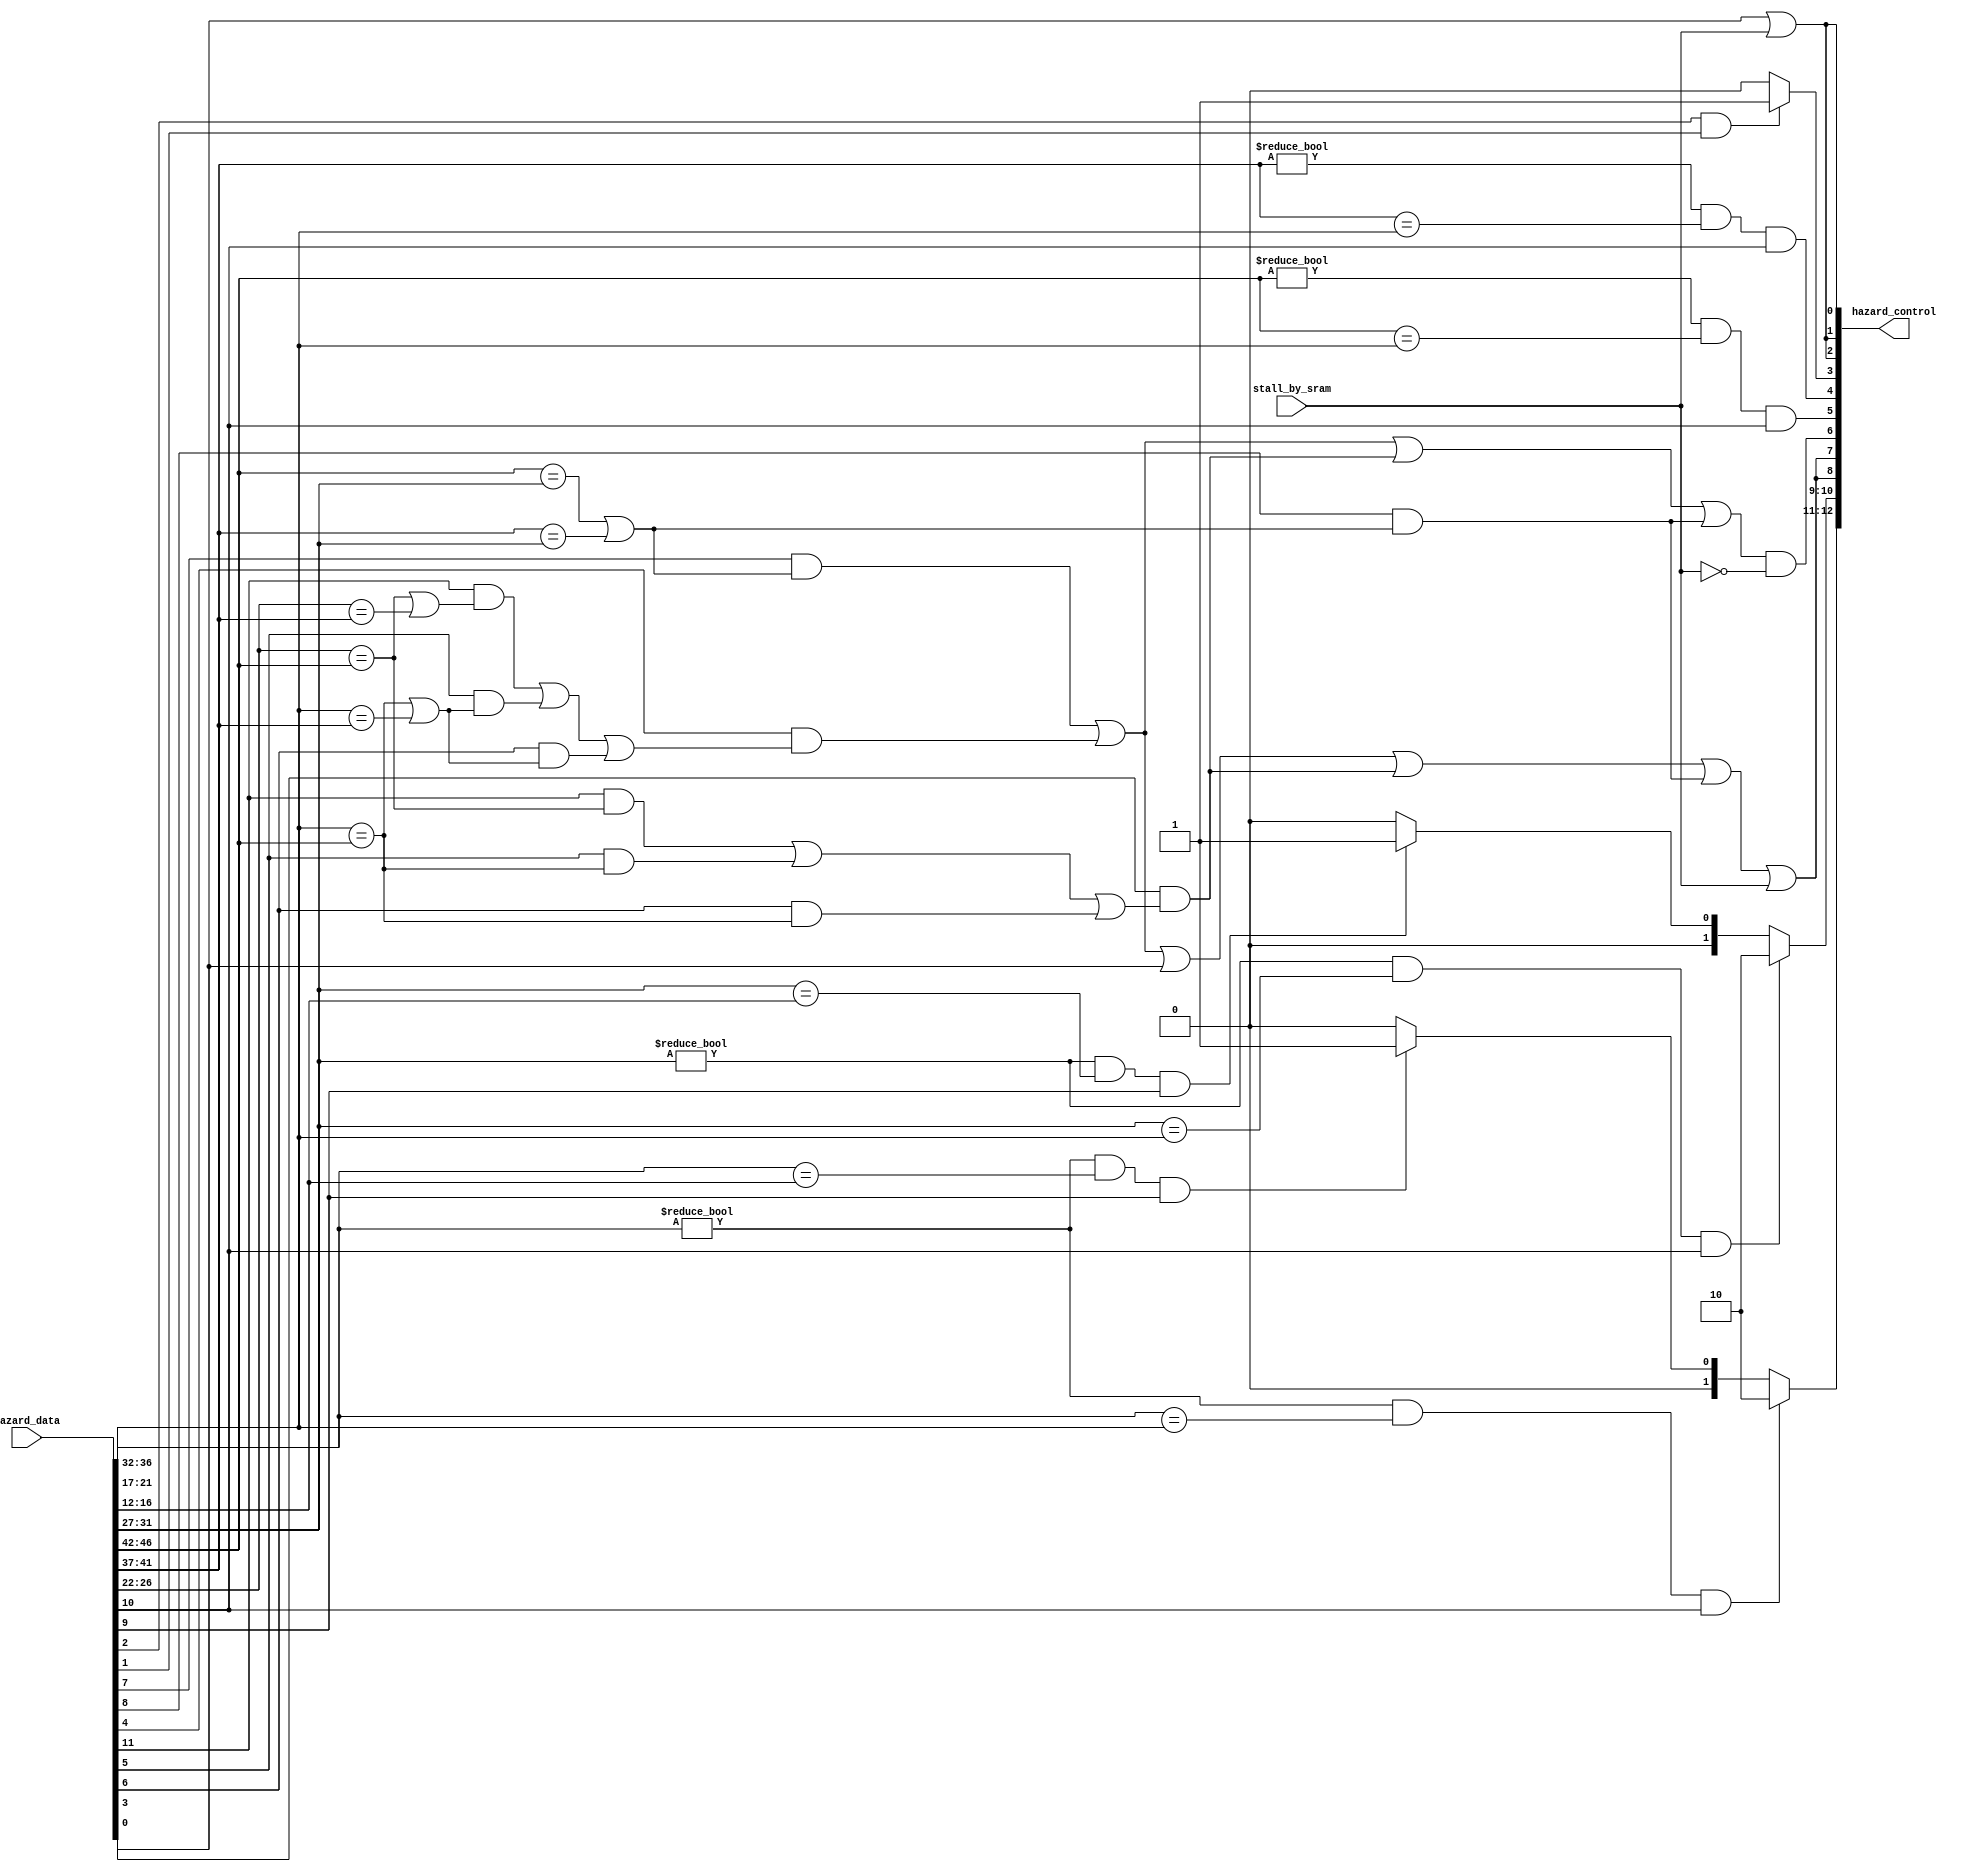
module hazard(
    input [0:46] hazard_data,
    input stall_by_sram,
    output [0:12] hazard_control
);
//1 
    //input
    wire [4:0] rsD,rtD,rsE,rtE,write_regE, write_regM,write_regW;
    wire reg_write_enE,reg_write_enM,reg_write_enW;
    wire hilo_write_enM, hilo_readE;
    wire branchD, jumpD;
    wire mem_to_regE,mem_to_regM;
    wire cp0_to_regE, cp0_to_regM;
    wire divstall;
    //temp
    wire lwstall,branchstall, jumpstall, mfcp0stall;
    //output
    reg [1:0] forwardAE, forwardBE;
    reg forward_hilo;
    wire stallF, stallD, flushE, forwardAD, forwardBD;
    wire stallE, stallM, stallW;
//INPUT
    assign {rsD,rtD,rsE,rtE,write_regE, write_regM,write_regW} =hazard_data[0:34];
    assign {reg_write_enE,reg_write_enM,reg_write_enW} = hazard_data[35:37];
    assign {cp0_to_regE, mem_to_regE} = hazard_data[38:39];  //
    assign {cp0_to_regM, mem_to_regM} = hazard_data[40:41];
    assign branchD = hazard_data[42];
    assign jumpD = hazard_data[43];
    assign {hilo_readE, hilo_write_enM} = hazard_data[44:45];
    assign divstall = hazard_data[46];
    
//OUTPUT
    //                       0:1         2:3         4       5       6       7           8        9
    assign hazard_control = {forwardAE, forwardBE, stallF, stallD, flushE, forwardAD, forwardBD, forward_hilo, 
                            //10      11    12
                            stallE, stallM, stallW};


//2 
//data hazard
    //forward
    always @(*) begin
        if( (rsE!=0) && (rsE==write_regM) && reg_write_enM) begin
            forwardAE <= 2'b10;
        end
        else if( (rsE!=0) && (rsE==write_regW) && reg_write_enW) begin
            forwardAE <= 2'b01;
        end
        else begin
            forwardAE <= 2'b00;
        end
    end
    always @(*) begin
        if( (rtE!=0) && (rtE==write_regM) && reg_write_enM) begin
            forwardBE <= 2'b10;
        end
        else if( (rtE!=0) && (rtE==write_regW) && reg_write_enW) begin
            forwardBE <= 2'b01;
        end
        else begin
            forwardBE <= 2'b00;
        end
    end
    //hilo forward
    always @(*) begin
        if(hilo_readE && hilo_write_enM) begin
            forward_hilo <= 1'b1;
        end
        else begin
            forward_hilo <= 1'b0;
        end
    end
    //lw stall
    assign lwstall = mem_to_regE && ((rsD==rtE) || (rtD==rtE));   //bltz 4 rtrtE

    //mfc0 stall
    assign mfcp0stall = cp0_to_regE && ((rsD==rtE) || (rtD==rtE));
//control hazard
    // branch 
    assign forwardAD = (rsD != 0) && (rsD == write_regM) && reg_write_enM;
    assign forwardBD = (rtD != 0) && (rtD == write_regM) && reg_write_enM;

    assign branchstall = branchD && (
                    ( reg_write_enE && ( write_regE==rsD ||write_regE == rtD ) )||
                    ( mem_to_regM && ( write_regM==rsD || write_regM == rtD ) ) || //4M
                    ( cp0_to_regM && ( write_regM==rsD || write_regM == rtD ) )
                  );
    assign jumpstall = jumpD && (
                    ( reg_write_enE && write_regE==rsD )||
                    ( mem_to_regM && write_regM==rsD ) ||
                    ( cp0_to_regM && write_regM==rsD )
                  );
    assign flushE = (lwstall || branchstall || jumpstall || mfcp0stall) && ~stall_by_sram;     //
    assign stallF = lwstall || branchstall || divstall ||jumpstall || mfcp0stall ||stall_by_sram;
    assign stallD = lwstall || branchstall || divstall ||jumpstall || mfcp0stall || stall_by_sram;
    assign stallE = divstall || stall_by_sram;
    assign stallM = divstall || stall_by_sram;
    assign stallW = divstall || stall_by_sram;

endmodule